Indian journal of veterinary science and animal husbandry - Volume 5,
Year: 1935
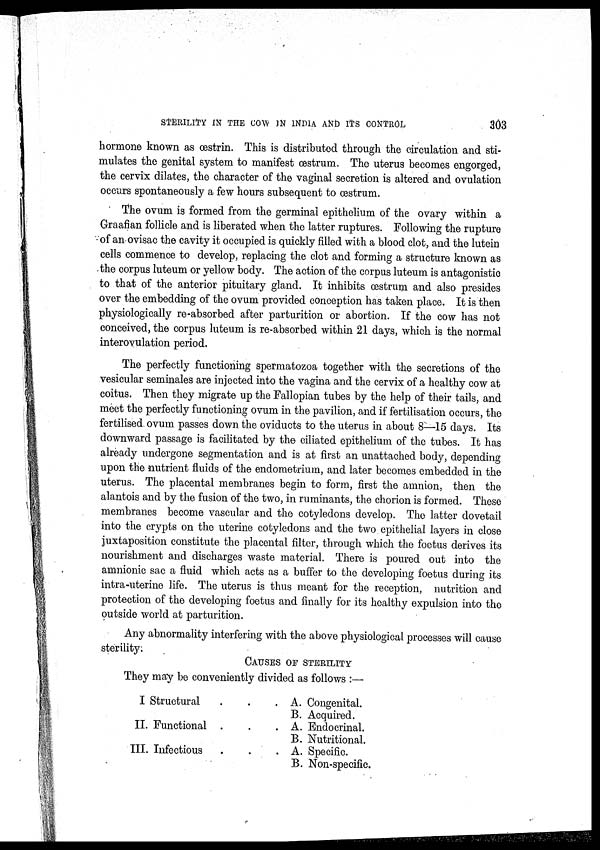
STERILITY IN THE COW IN INDIA AND ITS CONTROL
303
hormone known as œstrin. This is distributed through the circulation and sti-
mulates the genital system to manifest œstrum. The uterus becomes engorged,
the cervix dilates, the character of the vaginal secretion is altered and ovulation
occurs spontaneously a few hours subsequent to œstrum.
The ovum is formed from the germinal epithelium of the ovary within a
Graafian follicle and is liberated when the latter ruptures. Following the rupture
of an ovisac the cavity it occupied is quickly filled with a blood clot, and the lutein
cells commence to develop, replacing the clot and forming a structure known as
the corpus luteum or yellow body. The action of the corpus luteum is antagonistic
to that of the anterior pituitary gland. It inhibits œstrum and also presides
over the embedding of the ovum provided conception has taken place. It is then
physiologically re-absorbed after parturition or abortion. If the cow has not
conceived, the corpus luteum is re-absorbed within 21 days, which is the normal
interovulation period.
The perfectly functioning spermatozoa together with the secretions of the
vesicular seminales are injected into the vagina and the cervix of a healthy cow at
coitus. Then they migrate up the Fallopian tubes by the help of their tails, and
meet the perfectly functioning ovum in the pavilion, and if fertilisation occurs, the
fertilised ovum passes down the oviducts to the uterus in about 8—15 days. Its
downward passage is facilitated by the ciliated epithelium of the tubes. It has
already undergone segmentation and is at first an unattached body, depending
upon the nutrient fluids of the endometrium, and later becomes embedded in the
uterus. The placental membranes begin to form, first the amnion, then the
alantois and by the fusion of the two, in ruminants, the chorion is formed. These
membranes become vascular and the cotyledons develop. The latter dovetail
into the crypts on the uterine cotyledons and the two epithelial layers in close
juxtaposition constitute the placental filter, through which the foetus derives its
nourishment and discharges waste material. There is poured out into the
amnionic sac a fluid which acts as a buffer to the developing foetus during its
intra-uterine life. The uterus is thus meant for the reception, nutrition and
protection of the developing foetus and finally for its healthy expulsion into the
outside world at parturition.
Any abnormality interfering with the above physiological processes will cause
sterility.
CAUSES OF STERILITY
They may be conveniently divided as follows :—
I Structural
II. Functional
III. Infectious
... A. Congenital.
... B. Acquired.
... A. Endocrinal.
... B. Nutritional.
... A. Specific.
... B. Non-specific.